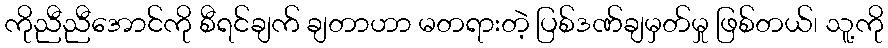
ကိုညီညီအောင်ကို စီရင်ချက် ချတာဟာ မတရားတဲ့ ပြစ်ဒဏ်ချမှတ်မှု ဖြစ်တယ်၊ သူ့ကို